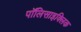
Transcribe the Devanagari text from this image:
पॉलिसाइक्लिक